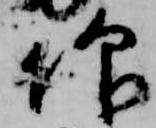
仰